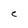
Character: C